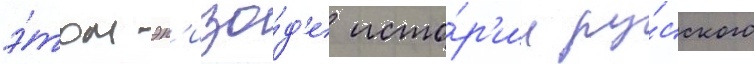
э́том эп'изо́д'е исто́р'ии ру́сского